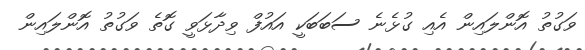
ވަގުތު އޮންލައިން އެއި ގުޅެނެ ސަބަބަކީ އައުފް ވިދާޅަވީ ގޮތެ ވަގުތު އޮންލައިން